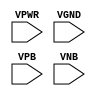
module sky130_fd_sc_hd__decap (
    VPWR,
    VGND,
    VPB ,
    VNB
);

    // Module ports
    input VPWR;
    input VGND;
    input VPB ;
    input VNB ;
     // No contents.
endmodule